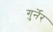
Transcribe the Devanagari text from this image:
गुर्नेर